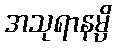
အသုရာနမ္ပိ